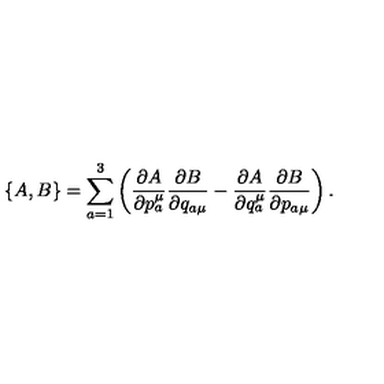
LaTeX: \{ A , B \} = \sum _ { a = 1 } ^ { 3 } \left( \frac { \partial A } { \partial { p _ { a } ^ { \mu } } } \frac { \partial B } { \partial { q _ { a \mu } } } - \frac { \partial A } { \partial { q _ { a } ^ { \mu } } } \frac { \partial B } { \partial { p _ { a \mu } } } \right) .